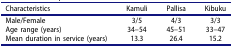
| Characteristics | Kamuli | Pallisa | Kibuku |
 | --- | --- | --- | --- |
 | Male/Female | 3/5 | 4/3 | 3/3 |
 | Age range (years) | 34–54 | 45–51 | 33–47 |
 | Mean duration in service (years) | 13.3 | 26.4 | 15.2 |